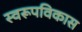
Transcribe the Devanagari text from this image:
स्वरूपविकास